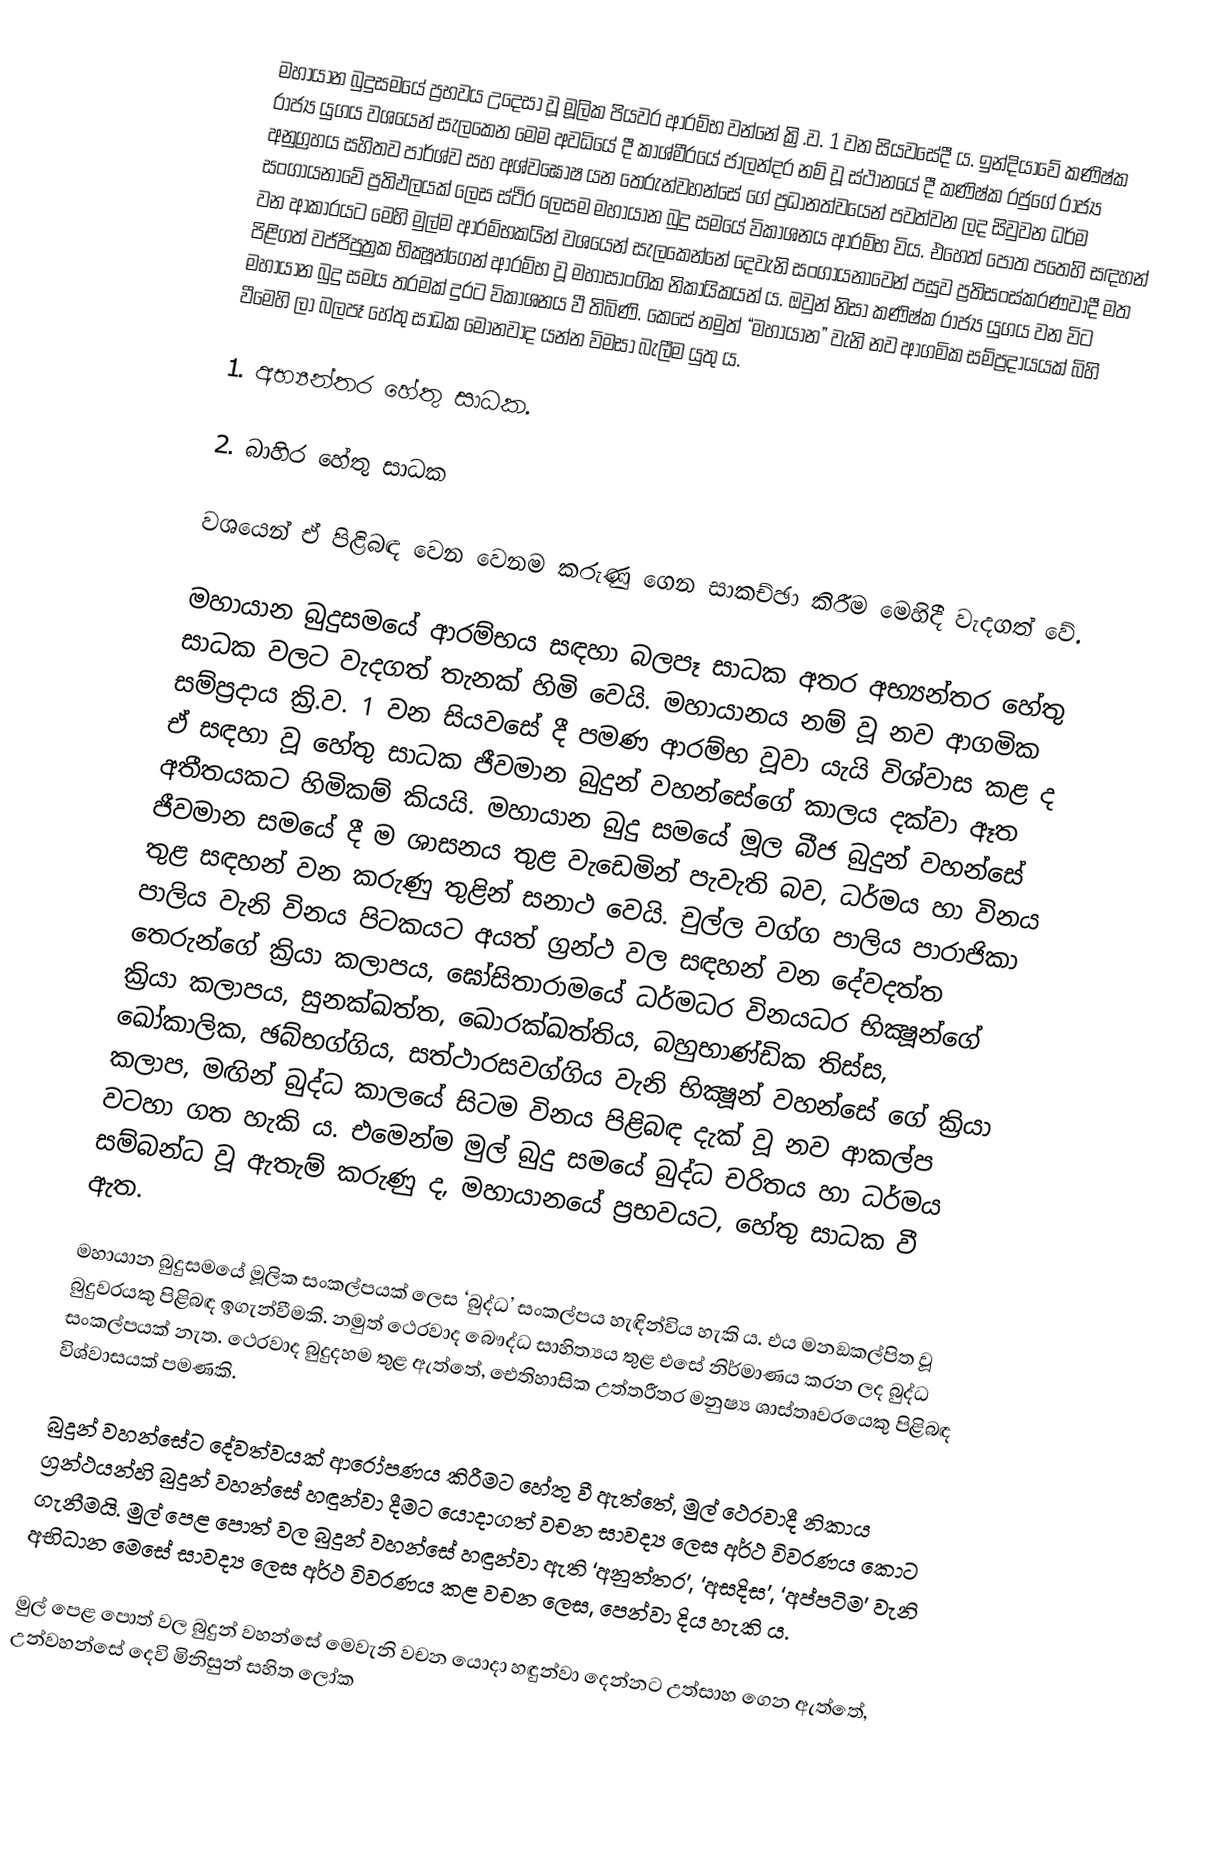
මහායාන බුදුසමයේ ප්‍රභවය උදෙසා වූ මූලික පියවර ආරම්භ වන්නේ ක්‍රි.ව. 1 වන සියවසේදී ය. ඉන්දියාවේ කණිෂ්ක රාජ්‍ය යුගය වශයෙන් සැලකෙන මෙම අවධියේ දී කාශ්මීරයේ ජාලන්දර නම් වූ ස්ථානයේ දී කණිෂ්ක රජුගේ රාජ්‍ය අනුග්‍රහය සහිතව පාර්ශ්ව සහ අශ්වඝෝෂ යන තෙරුන්වහන්සේ ගේ ප්‍රධානත්වයෙන් පවත්වන ලද සිවුවන ධර්ම සංගායනාවේ ප්‍රතිඵලයක් ලෙස ස්ථිර ලෙසම මහායාන බුදු සමයේ විකාශනය ආරම්භ විය. එහෙත් පොත පතෙහි සඳහන් වන ආකාරයට මෙහි මුල්ම ආරම්භකයින් වශයෙන් සැලකෙන්නේ දෙවැනි සංගායනාවෙන් පසුව ප්‍රතිසංස්කරණවාදී මත පිළිගත් වජ්ජිපුත්‍රක භික්‍ෂූන්ගෙන් ආරම්භ වූ මහාසාංගික නිකායිකයන් ය. ඔවුන් නිසා කණිෂ්ක රාජ්‍ය යුගය වන විට මහායාන බුදු සමය තරමක් දුරට විකාශනය වී තිබිණි. කෙසේ නමුත් “මහායාන” වැනි නව ආගමික සම්ප්‍රදායයක් බිහි වීමෙහි ලා බලපෑ හේතු සාධක මොනවාද යන්න විමසා බැලීම යුතු ය.

1. අභ්‍යන්තර හේතු සාධක.

2. බාහිර හේතු සාධක

වශයෙන් ඒ පිළිබඳ වෙන වෙනම කරුණු ගෙන සාකච්ඡා කිරීම මෙහිදී වැදගත් වේ.

මහායාන බුදුසමයේ ආරම්භය සඳහා බලපෑ සාධක අතර අභ්‍යන්තර හේතු සාධක වලට වැදගත් තැනක් හිමි වෙයි. මහායානය නම් වූ නව ආගමික සම්ප්‍රදාය ක්‍රි.ව. 1 වන සියවසේ දී පමණ ආරම්භ වූවා යැයි විශ්වාස කළ ද ඒ සඳහා වූ හේතු සාධක ජීවමාන බුදුන් වහන්සේගේ කාලය දක්වා ඈත අතීතයකට හිමිකම් කියයි. මහායාන බුදු සමයේ මූල බීජ බුදුන් වහන්සේ ජීවමාන සමයේ දී ම ශාසනය තුළ වැඩෙමින් පැවැති බව, ධර්මය හා විනය තුළ සඳහන් වන කරුණු තුළින් සනාථ වෙයි. චුල්ල වග්ග පාලිය පාරාජිකා පාලිය වැනි විනය පිටකයට අයත් ග්‍රන්ථ වල සඳහන් වන දේවදත්ත තෙරුන්ගේ ක්‍රියා කලාපය, ඝෝසිතාරාමයේ ධර්මධර විනයධර භික්‍ෂූන්ගේ ක්‍රියා කලාපය, සුනක්ඛත්ත, ඛොරක්ඛත්තිය, බහුභාණ්ඩික තිස්ස, ඛෝකාලික, ඡබ්භග්ගිය, සත්ථාරසවග්ගිය වැනි භික්‍ෂූන් වහන්සේ ගේ ක්‍රියා කලාප, මඟින් බුද්ධ කාලයේ සිටම විනය පිළිබඳ දැක් වූ නව ආකල්ප වටහා ගත හැකි ය. එමෙන්ම මුල් බුදු සමයේ බුද්ධ චරිතය හා ධර්මය සම්බන්ධ වූ ඇතැම් කරුණු ද, මහායානයේ ප්‍රභවයට, හේතු සාධක වී ඇත.

මහායාන බුදුසමයේ මූලික සංකල්පයක් ලෙස ‘බුද්ධ’ සංකල්පය හැඳින්විය හැකි ය. එය මනඞකල්පිත වූ බුදුවරයකු පිළිබඳ ඉගැන්වීමකි. නමුත් ථෙරවාද බෞද්ධ සාහිත්‍යය තුළ එසේ නිර්මාණය කරන ලද බුද්ධ සංකල්පයක් නැත. ථෙරවාද බුදුදහම තුළ ඇත්තේ, ඓතිහාසික උත්තරීතර මනුෂ්‍ය ශාස්තෘවරයෙකු පිළිබඳ විශ්වාසයක් පමණකි.

බුදුන් වහන්සේට දේවත්වයක් ආරෝපණය කිරීමට හේතු වී ඇත්තේ, මුල් ථෙරවාදී නිකාය ග්‍රන්ථයන්හි බුදුන් වහන්සේ හඳුන්වා දීමට යොදාගත් වචන සාවද්‍ය ලෙස අර්ථ විවරණය කොට ගැනීමයි. මුල් පෙළ පොත් වල බුදුන් වහන්සේ හඳුන්වා ඇති ‘අනුත්තර’, ‘අසදිස’, ‘අප්පටිම’ වැනි අභිධාන මෙසේ සාවද්‍ය ලෙස අර්ථ විවරණය කළ වචන ලෙස, පෙන්වා දිය හැකි ය.

මුල් පෙළ පොත් වල බුදුන් වහන්සේ මෙවැනි වචන යොදා හඳුන්වා දෙන්නට උත්සාහ ගෙන ඇත්තේ, උන්වහන්සේ දෙවි මිනිසුන් සහිත ලෝක